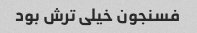
فسنجون خیلی ترش بود